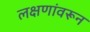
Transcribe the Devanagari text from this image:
लक्षणांवरून